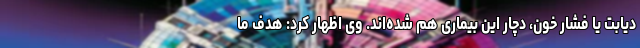
دیابت یا فشار خون، دچار این بیماری هم شده‌اند. وی اظهار کرد: هدف ما